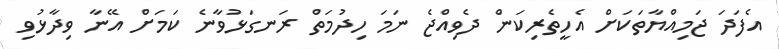
އެފަދަ ޖަމިއްޔާތަކަށް އެހީތެރިކަން ދެވިއްޖެ ނަމަ ހިދުމަތް ރަނގަޅުވާނެ ކަމަށް އޭނާ ވިދާޅުވި